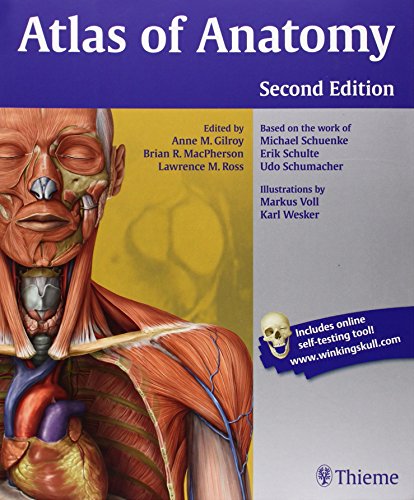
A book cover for Atlas of Anatomy; Anne M Gilroy; Medical Books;